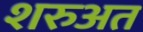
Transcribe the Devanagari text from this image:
शरुअत